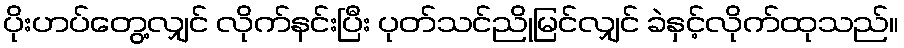
ပိုးဟပ်တွေ့လျှင် လိုက်နင်းပြီး ပုတ်သင်ညိုမြင်လျှင် ခဲနှင့်လိုက်ထုသည်။